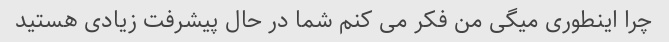
چرا اینطوری میگی من فکر می کنم شما در حال پیشرفت زیادی هستید